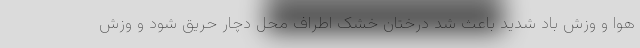
هوا و وزش باد شدید باعث شد درختان خشک اطراف محل دچار حریق شود و وزش